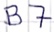
Text: B7